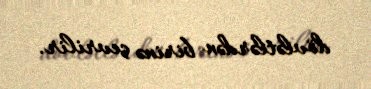
dövlətlərdən birinə çevrilir.